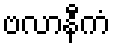
ဗလာနီကံ